Report on plague and inoculation in the Punjab from October 1st ... to September 30th..., being the ... season of plague in the province
Disease focus: Plague
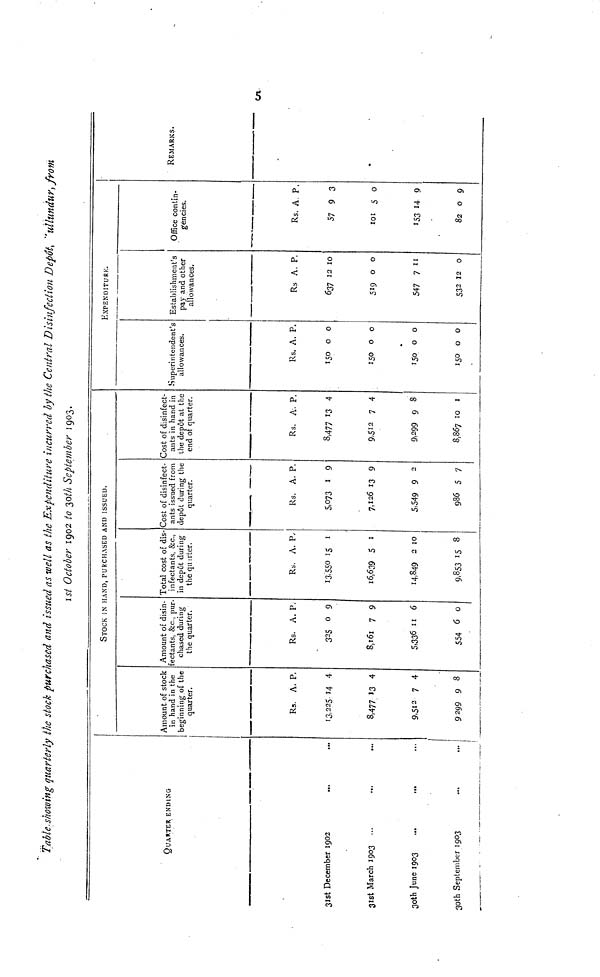
Table showing quarterly the stock purchased and issued as well as the Expenditure incurred by the Central Disinfection Depôts "'ullundur, from
1st October 1902 to 30th September 1903.
QUARTER ENDING
31st December 1902
31st March 1903 ...
30th June 1903 ...
30th September 1903
...
...
...
...
...
...
...
...
Amount of stock
in hand in the
beginning of the
quarter.
Rs.
13,225.
8,477
9,512
9299
A.
14
13
7
9
P.
4
4
4
8
STOCK IN HAND, PURCHASED AND ISSUED.
Amount of disin-
fectants, &c, pur-
chased during
the quarter.
Rs.
325
8,161
5,336
554
A.
0
7
11
6
P.
9
9
6
0
Total cost of dis-
infectants, &c.,
in depôt during
the quarter.
Rs.
13,550
16,639
14,849
9,853
A.
5
2
15
P.
1
1
10
8
Cost of disinfect-
ants issued from
depôt during the
quarter.
Rs.
5,073
7,126
5,549
986
A.
1
13
9
5
P.
9
9
2
7
Cost of disinfect-
ants in hand in
the depôt at the
end of quarter.
Rs.
8,477
9,512
9,299
8,867
A.
13
7
9
10
P.
4
4
8
1
Superintendent's
allowances.
Rs.
150
150
150
150
A.
0
0
0
0
P.
0
0
0
0
EXPENDITURE.
Establishment's
pay and other
allowances.
Rs
637
519
547
532
A.
12
0
7
12
P.
10
0
11
0
Office contin-
gencies.
Rs.
57
101
153
82
A.
9
5
14
0
P.
3
0
9
9
REMARKS.